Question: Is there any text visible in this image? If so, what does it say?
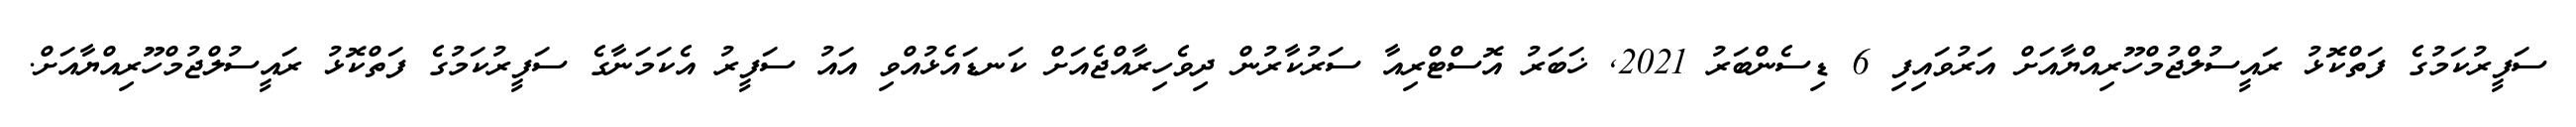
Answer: ސަފީރުކަމުގެ ފަތްކޮޅު ރައީސުލްޖުމްހޫރިއްޔާއަށް އަރުވައިފި 6 ޑިސެންބަރު 2021, ޚަބަރު އޮސްޓްރިއާ ސަރުކާރުން ދިވެހިރާއްޖެއަށް ކަނޑައެޅުއްވި އައު ސަފީރު އެކަމަނާގެ ސަފީރުކަމުގެ ފަތްކޮޅު ރައީސުލްޖުމްހޫރިއްޔާއަށް.